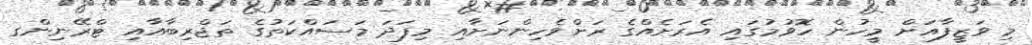
މި ވަޒީފާއަށް މީހުން ހޮވުމުގައި އެރަށެއްގެ ރަށްވެހިންނަށާއި މިފަދަ މަސައްކަތުގެ ތަޖްރިބާއާއި ޓްރޭނިންގ